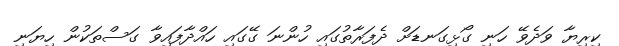
ކިރިޔާ ވަދެވޭ ހަނި ގޯޅިގަނޑަށް ދެފަރާތުގައި ހުންނަ ގޭގައި ހައްދާފައިވާ ގަސްތަކުން ހިޔަނި